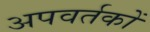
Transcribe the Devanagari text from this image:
अपवर्तकों